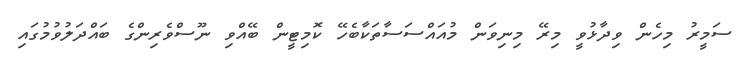
ސަމީރު މިހެން ވިދާޅުވީ މިރޭ މިނިވަން މުއައްސަސާތަކާބެހޭ ކޮމިޓީން ބޭއްވި ނޫސްވެރިންގެ ބައްދަލުވުމުގައި